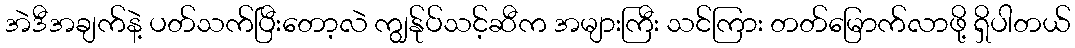
အဲဒီအချက်နဲ့ ပတ်သက်ပြီးတော့လဲ ကျွန်ုပ်သင့်ဆီက အများကြီး သင်ကြား တတ်မြောက်လာဖို့ ရှိပါတယ်